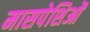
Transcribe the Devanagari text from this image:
मासपेशिओं